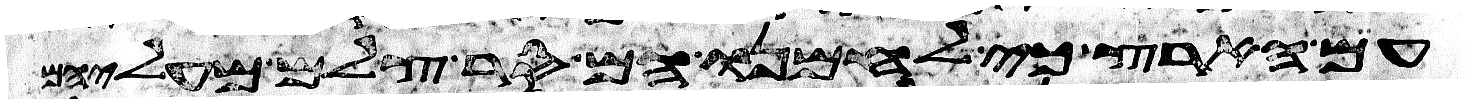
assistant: עם הארץ כי לחמנו הם סר צלם מעליהם